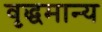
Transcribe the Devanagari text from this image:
वृद्धमान्य